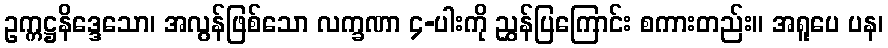
ဥက္ကဋ္ဌနိဒ္ဒေသော၊ အလွန်ဖြစ်သော လက္ခဏာ ၄-ပါးကို ညွှန်ပြကြောင်း စကားတည်း။ အရူပေ ပန၊